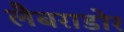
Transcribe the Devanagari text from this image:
लैबराडोर